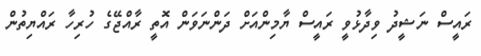
ރައީސް ނަޝީދު ވިދާޅުވީ ރައީސް ޔާމިންއަށް ދަންނަވަން އޮތީ ރާއްޖޭގެ ހުރިހާ ރައްޔިތުން